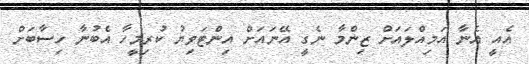
އެއީ އެނާ އަމިއްލައަށް ޒިންމާ ނެގީ އޭނައަށް އިންޓަވިޔު ކުރިމީހާ އެބުނާ ހިސާބަށް